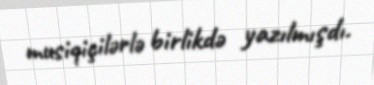
musiqiçilərlə birlikdə yazılmışdı.